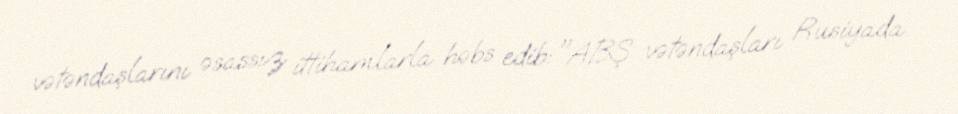
vətəndaşlarını əsassız ittihamlarla həbs edib: "ABŞ vətəndaşları Rusiyada